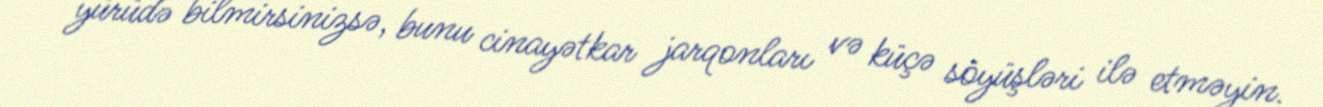
yürüdə bilmirsinizsə, bunu cinayətkar jarqonları və küçə söyüşləri ilə etməyin.